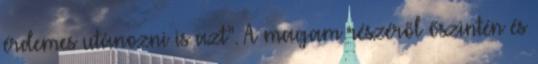
érdemes utánozni is azt”. A magam részéről őszintén és